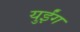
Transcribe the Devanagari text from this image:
युईंग